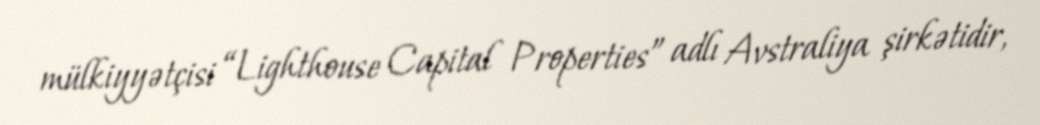
mülkiyyətçisi “Lighthouse Capital Properties” adlı Avstraliya şirkətidir,